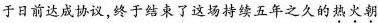
于日前达成协议，终于结束了这场持续五年之久的\underset{·}{热}\underset{·}{火}\underset{·}{朝}